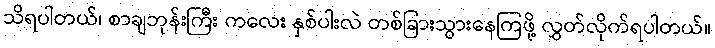
သိရပါတယ်၊ စာချဘုန်းကြီး ကလေး နှစ်ပါးလဲ တစ်ခြားသွားနေကြဖို့ လွှတ်လိုက်ရပါတယ်။